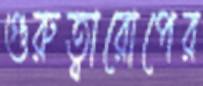
গুরুত্বারোপের